Civil Veterinary Department Bihar & Orissa reports 1929-36 - 1929-1936
Year: 1929
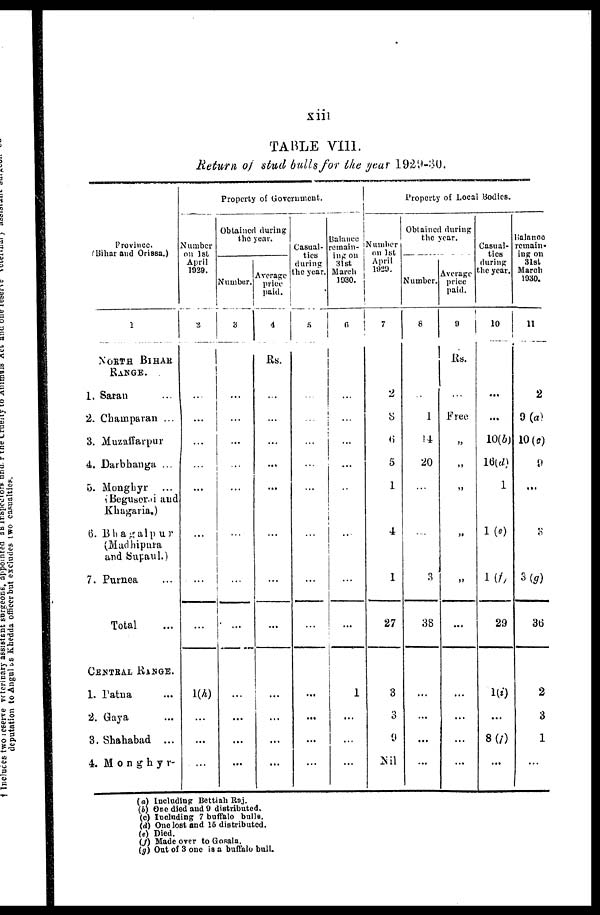
xiii
TABLE VIII.
Return of stud bulls for the year 1929-30.
Province.
(Bihar and Orissa.)
1
NORTH
BIHAR
RANGE.
1. Saran ...
2. Charapavan ...
3. Muzaffarpur
4. Darbhanga ...
5. Mongbyr
...
iBegusorai and
Kbagaria.)
6. Bhagalpur
(Madhipwa
and Supaul.)
7. Purnea ...
Total ...
CENTRAL RANGE.
1. Patna ...
2. Gaya ...
3. Shahabad ...
4. Monghyr ...
Property of Government.
Number
on 1st.
April
1020.
2
...
...
...
...
...
...
...
...
1(h)
...
...
...
Obtained during
the year.
Number.
3
...
...
...
...
...
...
...
...
...
...
...
...
Average
price
paid.
4
Rs.
...
...
...
...
...
...
...
...
...
...
...
...
Casual-
tics
during
the year.
5
...
...
...
...
...
...
...
...
...
...
...
Balance
remain-
ing on
31st
March
1930.
6
...
...
...
...
...
...
...
...
...
...
...
...
Property of Local Bodies.
Number
on 1st
April
1929.
7
2
8
6
5
1
4
1
27
3
3
9
Nil
Obtained during
the year.
Number.
8
...
1
14
20
...
...
3
38
...
...
...
...
Average
price
paid.
9
Rs.
...
Free
„
„
„
„
„
...
...
...
...
...
Casual-
ties
during
the year.
10
...
...
10(b)
16(d)
1
1(e)
1(f)
29
1(i)
...
8(i)
....
lialnneo
remain-
ing on
31st
March
1030.
11
2
9(a)
10(c)
9
...
8
3(g)
36
2
3
1
...
(a) Including Bettiah Raj.
(b) One died and 9 distributed.
(c) Including 7 buffalo bulls.
(d) One lost and 15 distributed.
(e) Died.
(f) Made over to Gosala.
(g) Out of 3 one is a buffalo bull.